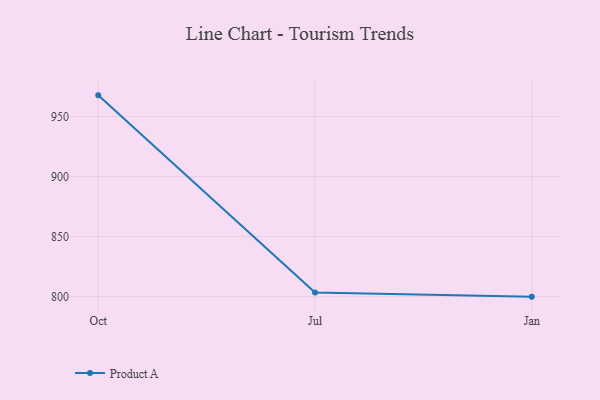
{"axis": {"x": "Month", "y": "Bounce Rate (%)"}, "legend": ["Product A"], "data": [{"x": "Oct", "y": 967.6, "type": "Product A"}, {"x": "Jul", "y": 803.5, "type": "Product A"}, {"x": "Jan", "y": 800, "type": "Product A"}]}